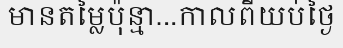
មានតម្លៃប៉ុន្មា...កាលពីយប់ថ្ងៃ